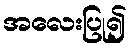
အလေးပြု၍